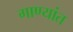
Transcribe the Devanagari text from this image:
गाण्यांत